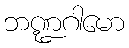
ဘဏ္ဍဂါမော